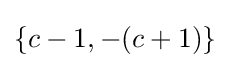
\{c-1,-(c+1)\}